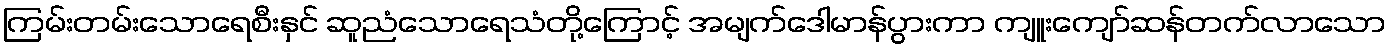
ကြမ်းတမ်းသောရေစီးနှင် ဆူညံသောရေသံတို့ကြောင့် အမျက်ဒေါမာန်ပွားကာ ကျူးကျော်ဆန်တက်လာသော